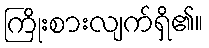
ကြိုးစားလျက်ရှိ၏။